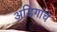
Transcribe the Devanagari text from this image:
अडिगांचे